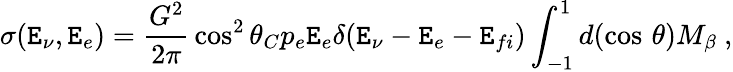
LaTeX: \sigma(\mathtt{E}_{\nu},\mathtt{E}_{e})={\frac{{G^{2}}}{{2\pi}}}\cos^{2}\theta_{C}p_{e}\mathtt{E}_{e}\delta(\mathtt{E}_{\nu}-\mathtt{E}_{e}-\mathtt{E}_{fi})\int_{-1}^{1}d(\cos\, \theta)M_{\beta}~,